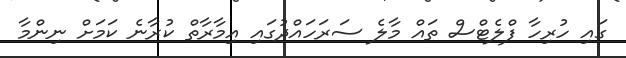
ގައި ހުރިހާ ފްލެޓްސް ތައް މާލެ ސަރަހައްދުގައި އިމާރާތް ކުރާނެ ކަމަށް ނިންމާ